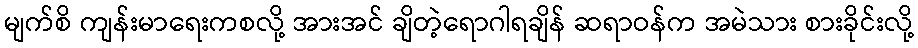
မျက်စိ ကျန်းမာရေးကစလို့ အားအင် ချိတဲ့ရောဂါရချိန် ဆရာဝန်က အမဲသား စားခိုင်းလို့